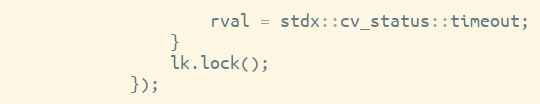
Language: C
                    rval = stdx::cv_status::timeout;
                }
                lk.lock();
            });